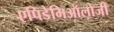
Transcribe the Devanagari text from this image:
एपिडेमिऑलोजी